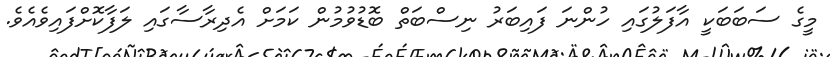
މީގެ ސަބަބަކީ އާފަލުގައި ހުންނަ ފައިބަރު ނިސްބަތް ބޮޑުވުމުން ކަމަށް އެދިރާސާގައި ލަފާކޮށްފައިވެއެވެ.